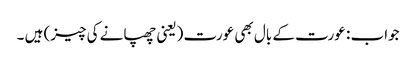
جواب : عورت کے بال بھی عورت (یعنی چھپانے کی چیز) ہیں ۔